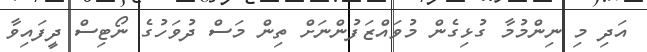
އަދި މި ނިންމުމާ ގުޅިގެން މުވައްޒަފުންނަށް ތިން މަސް ދުވަހުގެ ނޯޓިސް ދީފައިވާ